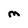
Character: M